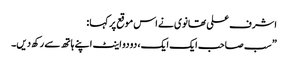
اشرف علی تھانوی نے اس موقع پر کہا :
” سب صاحب ایک ایک، دو دو اینٹ اپنے ہاتھ سے رکھ دیں۔